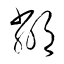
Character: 鄰